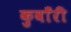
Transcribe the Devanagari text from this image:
कुवाँरी